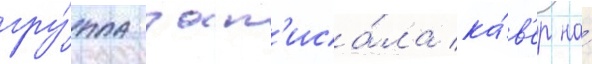
гру́ппа зап'иса́ла ка́в'ер на́